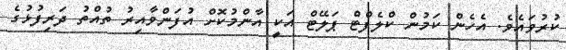
ކުރުވައެވެ. އެހެން ކަމުން ކްލެފްޓް ޕަލޭޓް އަކީ އާންމުކޮށް އުފަންވާއިރު ތުއްތު ދަރިފުޅުގެ